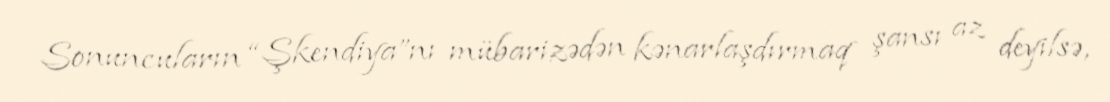
Sonuncuların “Şkendiya”nı mübarizədən kənarlaşdırmaq şansı az deyilsə,